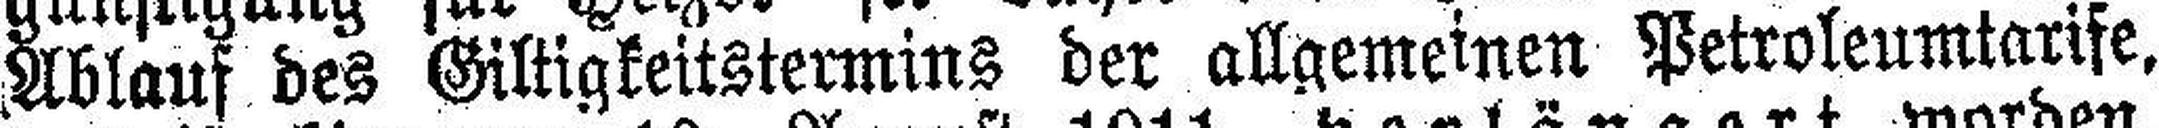
Ablauf des Giltigkeitstermins der allgemeinen Petroleumtarife,